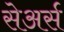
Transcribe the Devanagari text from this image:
सेअर्स